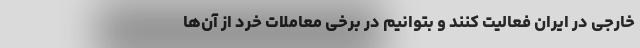
خارجی در ایران فعالیت کنند و بتوانیم در برخی معاملات خرد از آن‌ها